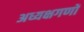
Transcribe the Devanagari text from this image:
अध्यक्षगणों